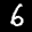
Label: 6